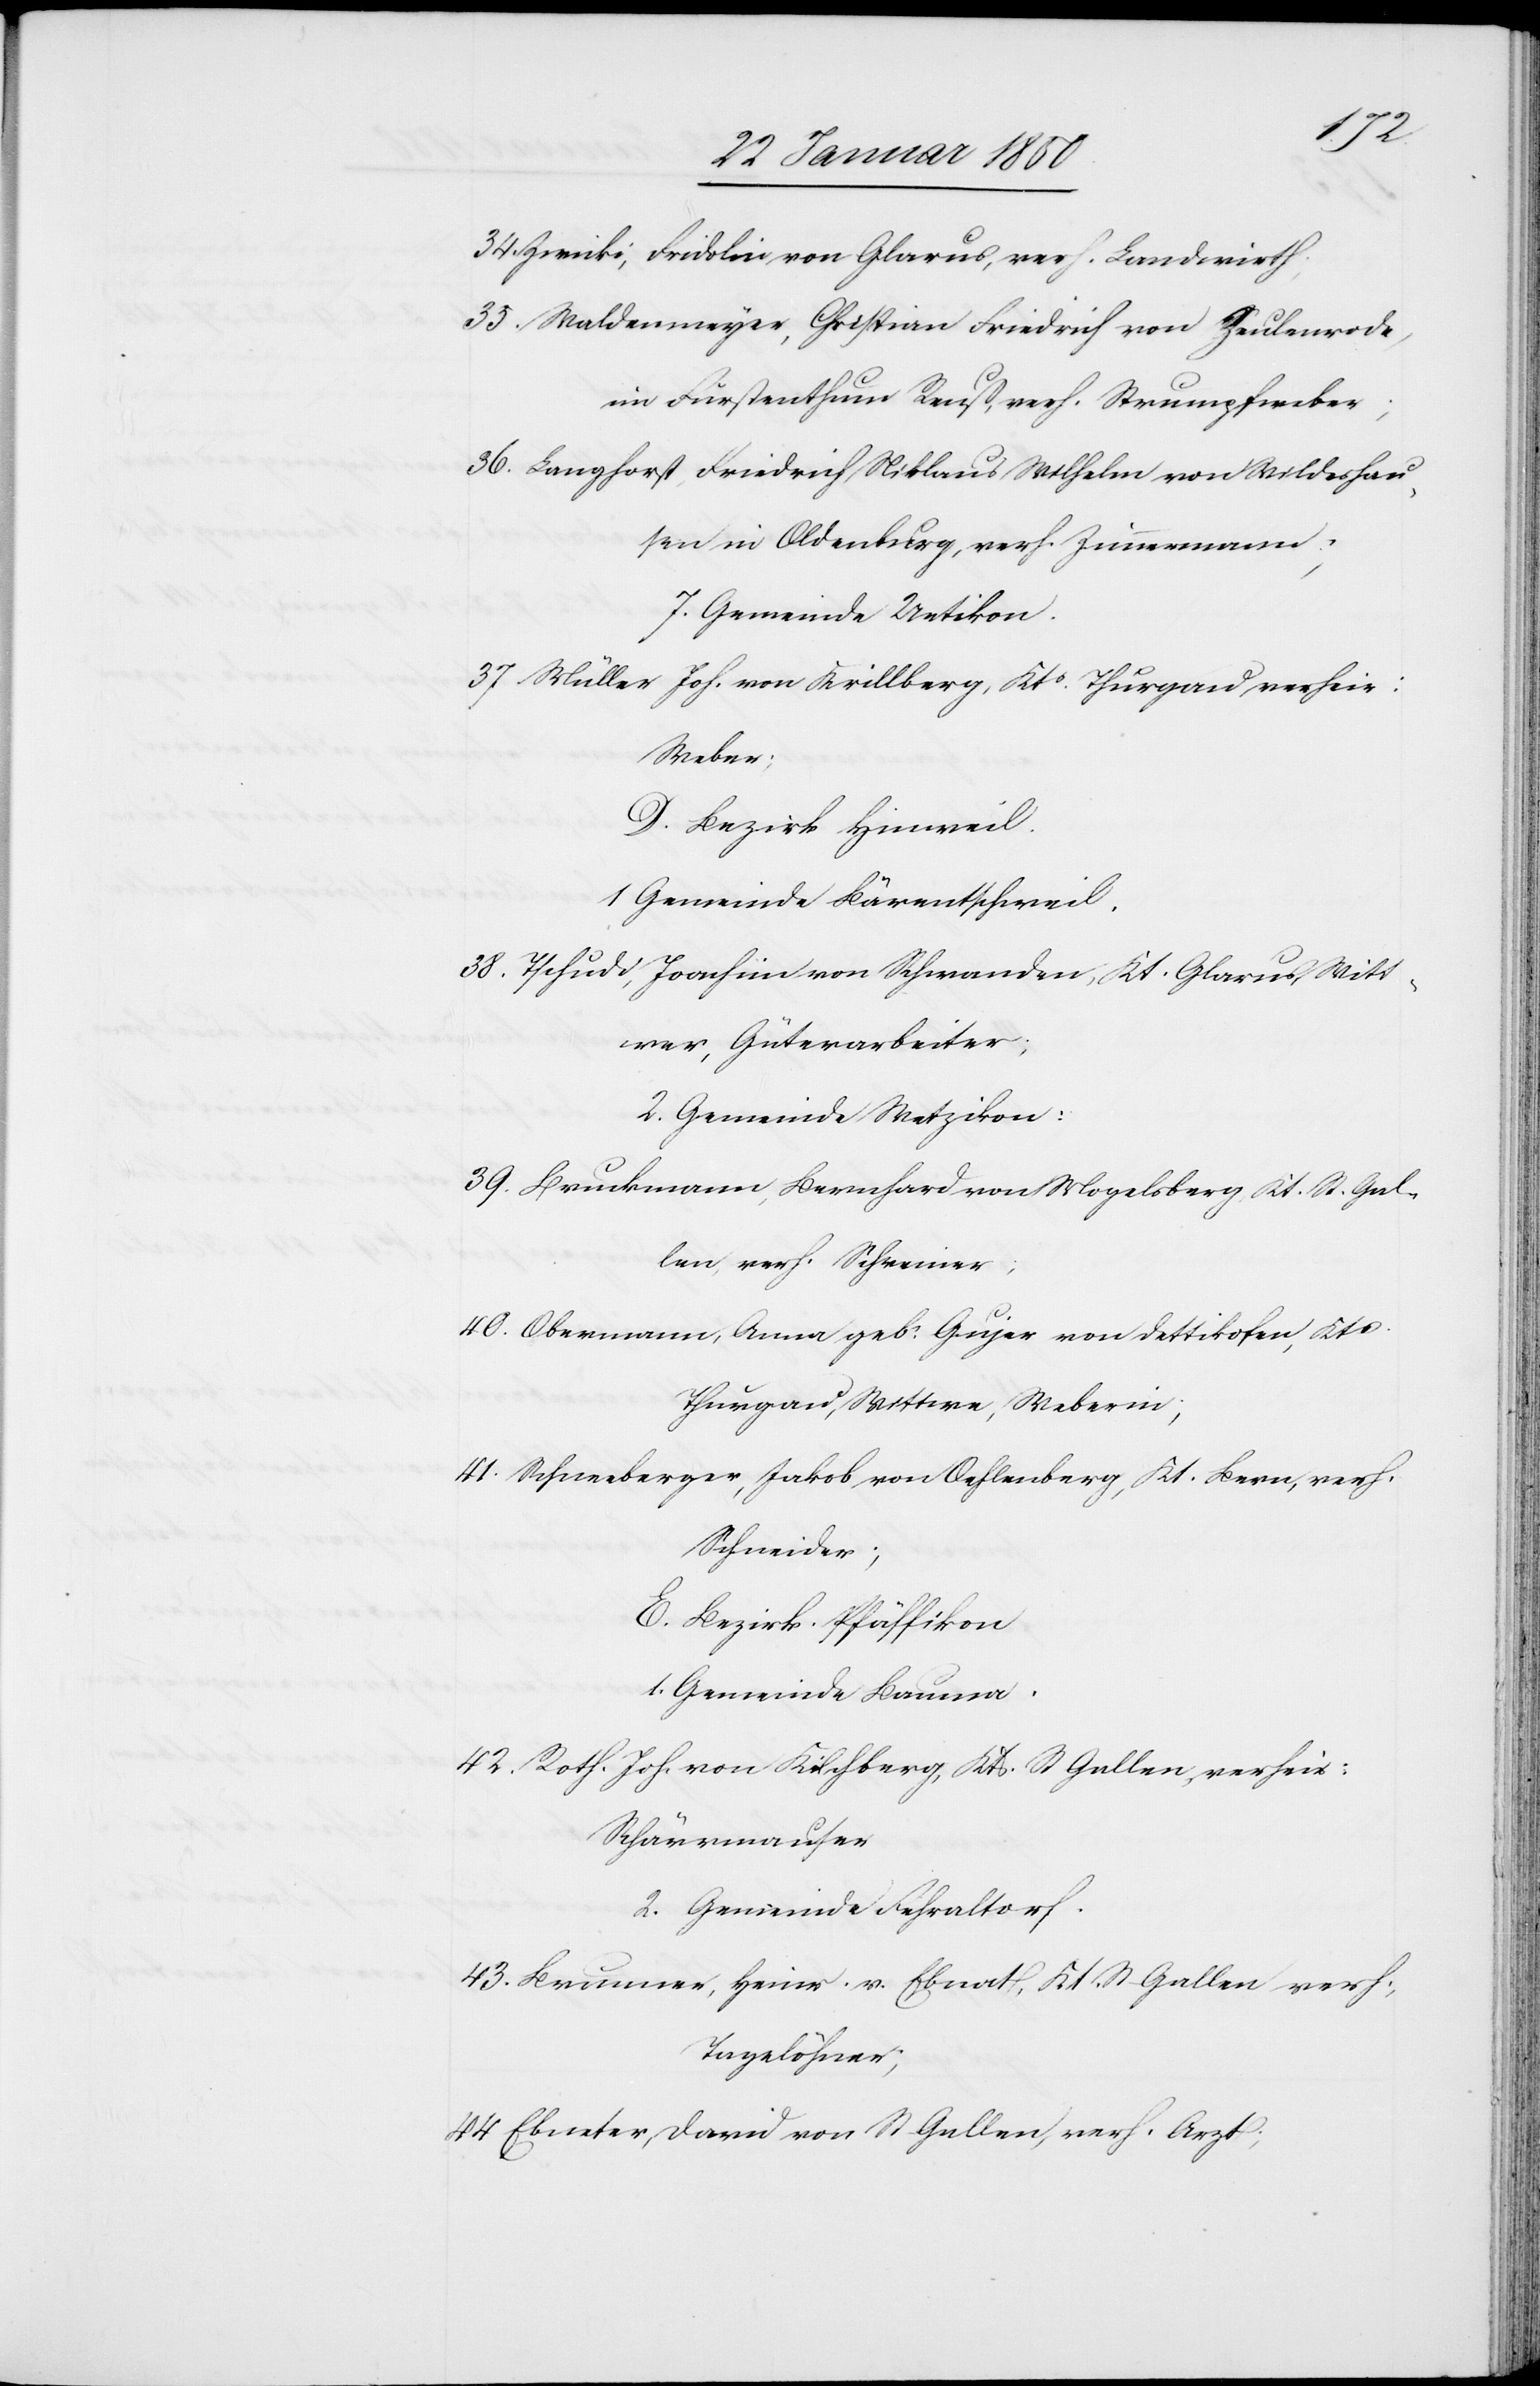
34. Zwicki, Fridolin von Glarus, verh. Landwirth;
35. Waldenmeyer, Christian Friedrich von Zeulenrode,
im Fürstenthum Reuß, verh. Strumpfweber;
36. Langhorst, Friedrich Niklaus Wilhelm von Wildeshau¬
sen in Oldenburg, verh. Zimmermann;
7. Gemeinde Uetikon.
37. Müller Joh. von Krillberg, Kts. Thurgau verheir:
Weber;
D. Bezirk Hinweil.
1 Gemeinde Bärentschweil.
38. Tschudi, Joachim von Schwanden, Kt. Glarus Witt¬
wer, Güterarbeiter;
2. Gemeinde Wetzikon:
39. Bruckmann, Bernhard von Mogelsberg, Kt. St. Gal¬
len, verh. Schreiner;
40. Obermann, Anna geb. Gujer von Dettikofen, Kts
Thurgau, Wittwe, Weberin;
41. Schneeberger, Jakob von Oehlenberg, Kt. Bern, verh.
Schneider;
E. Bezirk Pfäffikon
1. Gemeinde Bauma.
42. Roth. Joh von Kilchberg, Kts. St Gallen, verheir:
Schärrmauser
2. Gemeinde Fehraltorf.
43. Brunner, Heinr. v. Ebnat, Kt St Gallen verh;
Tagelöhner;
44 Ebneter, David von St Gallen, verh. Arzt;